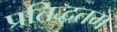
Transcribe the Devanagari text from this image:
प्रतिद्धतम